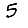
Digit: 5